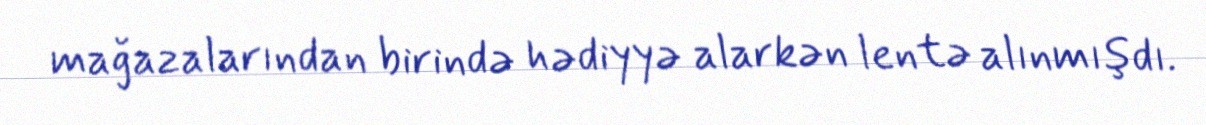
mağazalarından birində hədiyyə alarkən lentə alınmışdı.